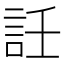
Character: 䚾